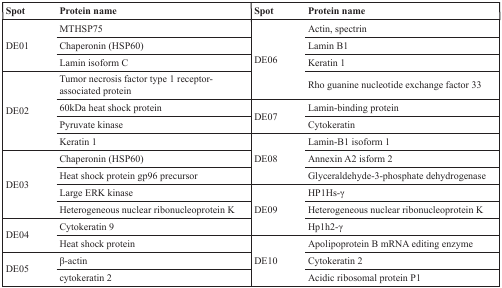
| Spot | Protein name | Spot | Protein name |
 | --- | --- | --- | --- |
 | <ROWSPAN=3> DE01 | MTHSP75 | <ROWSPAN=4> DE06 | Actin, spectrin |
 | Chaperonin (HSP60) | Lamin B1 |
 | Lamin isoform C | Keratin 1 |
 | <ROWSPAN=4> DE02 | Tumor necrosis factor type 1 receptor-associated protein | Rho guanine nucleotide exchange factor 33 |
 | 60kDa heat shock protein | <ROWSPAN=2> DE07 | Lamin-binding protein |
 | Pyruvate kinase | Cytokeratin |
 | Keratin 1 | <ROWSPAN=3> DE08 | Lamin-B1 isoform 1 |
 | <ROWSPAN=4> DE03 | Chaperonin (HSP60) | Annexin A2 isform 2 |
 | Heat shock protein gp96 precursor | Glyceraldehyde-3-phosphate dehydrogenase |
 | Large ERK kinase | <ROWSPAN=3> DE09 | HP1Hs-γ |
 | Heterogeneous nuclear ribonucleoprotein K | Heterogeneous nuclear ribonucleoprotein K |
 | <ROWSPAN=2> DE04 | Cytokeratin 9 | Hp1h2-γ |
 | Heat shock protein | <ROWSPAN=3> DE10 | Apolipoprotein B mRNA editing enzyme |
 | <ROWSPAN=2> DE05 | β-actin | Cytokeratin 2 |
 | cytokeratin 2 | Acidic ribosomal protein P1 |